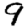
Digit: 9